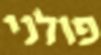
פולני